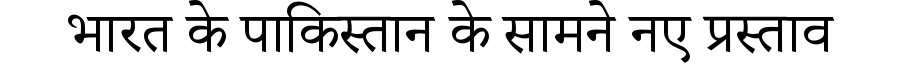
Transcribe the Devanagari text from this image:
भारत के पाकिस्तान के सामने नए प्रस्ताव